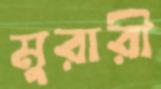
মুরারী